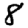
Digit: 8